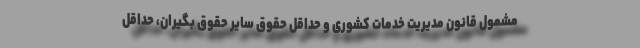
مشمول قانون مدیریت خدمات کشوری و حداقل حقوق سایر حقوق بگیران، حداقل